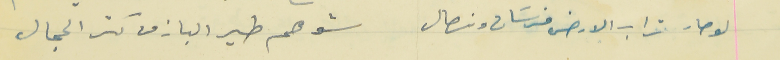
لو صار تراب الارض فرسَان ونصال                                        شو هم طير الباز من كتر الحجال